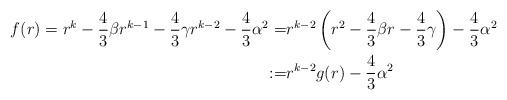
LaTeX: \begin{align*}f(r)=r^k-\frac{4}{3}\beta r^{k-1}-\frac{4}{3}\gamma r^{k-2}-\frac{4}{3}\alpha^2=&r^{k-2}\left (r^2-\frac{4}{3}\beta r-\frac{4}{3}\gamma\right )-\frac{4}{3}\alpha^2\\:=&r^{k-2}g(r)-\frac{4}{3}\alpha^2\end{align*}